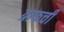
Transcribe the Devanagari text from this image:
ग्राफची